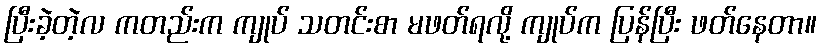
ပြီးခဲ့တဲ့လ ကတည်းက ကျုပ် သတင်းစာ မဖတ်ရလို့ ကျုပ်က ပြန်ပြီး ဖတ်နေတာ။